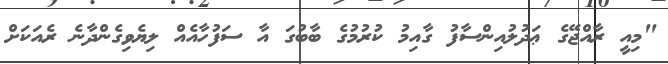
"މިއީ ރާއްޖޭގެ ޢަދުލުއިންސާފު ގާއިމު ކުރުމުގެ ބާބުގަ އާ ސަފުހާއެއް ލިޔެވިގެންދާނެ ރެއަކަށް